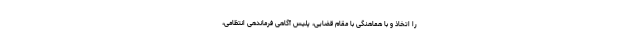
را اتخاذ و با هماهنگی با مقام قضایی، پلیس آگاهی فرماندهی انتظامی،